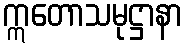
ဣတောသမုဋ္ဌာနာ